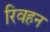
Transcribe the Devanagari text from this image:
रिवहन